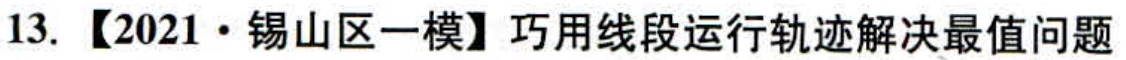
13. 【2021·锡山区一模】巧用线段运行轨迹解决最值问题